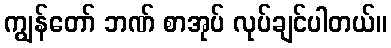
ကျွန်တော် ဘဏ် စာအုပ် လုပ်ချင်ပါတယ်။